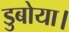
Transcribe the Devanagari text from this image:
डुबोया।